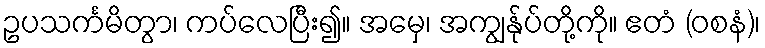
ဥပသင်္ကမိတွာ၊ ကပ်လေပြီး၍။ အမှေ၊ အကျွန်ုပ်တို့ကို။ ဧတံ (ဝစနံ)၊